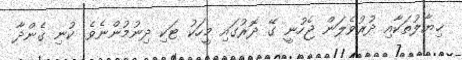
ޚިޔާލުތަކާއި ދުރުވެލަން ޖެހުނީ ގޭ ދޮރުގައި މީހަކު ޓަކި ދިނުމުންނެވެ. ކުނި ގެންދާ